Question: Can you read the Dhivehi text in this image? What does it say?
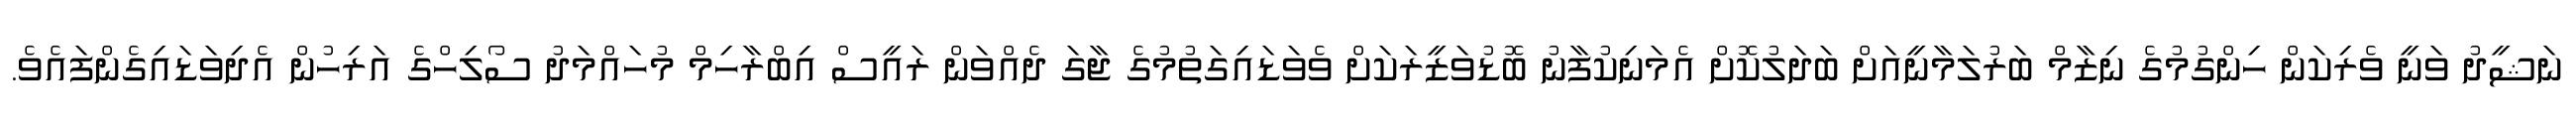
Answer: ނަޝީދު ވަނީ ވެރިކަން ހިންގުމުގެ ނިޒާމް ބަރުލަމާނީއަށް ބަދަލުކޮށް އެމަނިކުފާނު ބޮޑުވަޒީރަކަށް ވެވަޑައިގަތުމުގެ ޖާގަ ދެއްވަން ރައީސް އިބްރާހިމް މުހައްމަދު ސޯލިހްގެ އަރިހުން އެދިވަޑައިގެންފައެވެ.